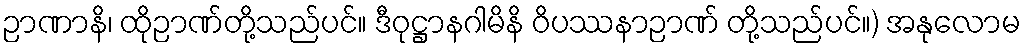
ဉာဏာနိ၊ ထိုဉာဏ်တို့သည်ပင်။ ဒီဝုဋ္ဌာနဂါမိနိ ဝိပဿနာဉာဏ် တို့သည်ပင်။) အနုလောမ